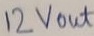
Text: 12Vout